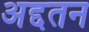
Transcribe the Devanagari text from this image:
अद्दतन